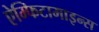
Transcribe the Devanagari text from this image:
ऐम्फिटामाइन्स